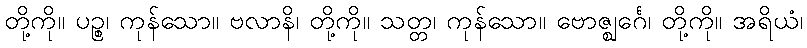
တို့ကို။ ပဉ္စ၊ ကုန်သော။ ဗလာနိ၊ တို့ကို။ သတ္တ၊ ကုန်သော။ ဗောဇ္ဈင်္ဂေ၊ တို့ကို။ အရိယံ၊